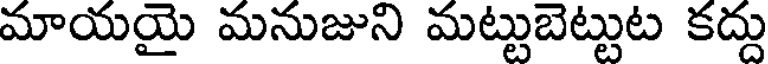
మాయయై మనుజుని మట్టుబెట్టుట కద్దు